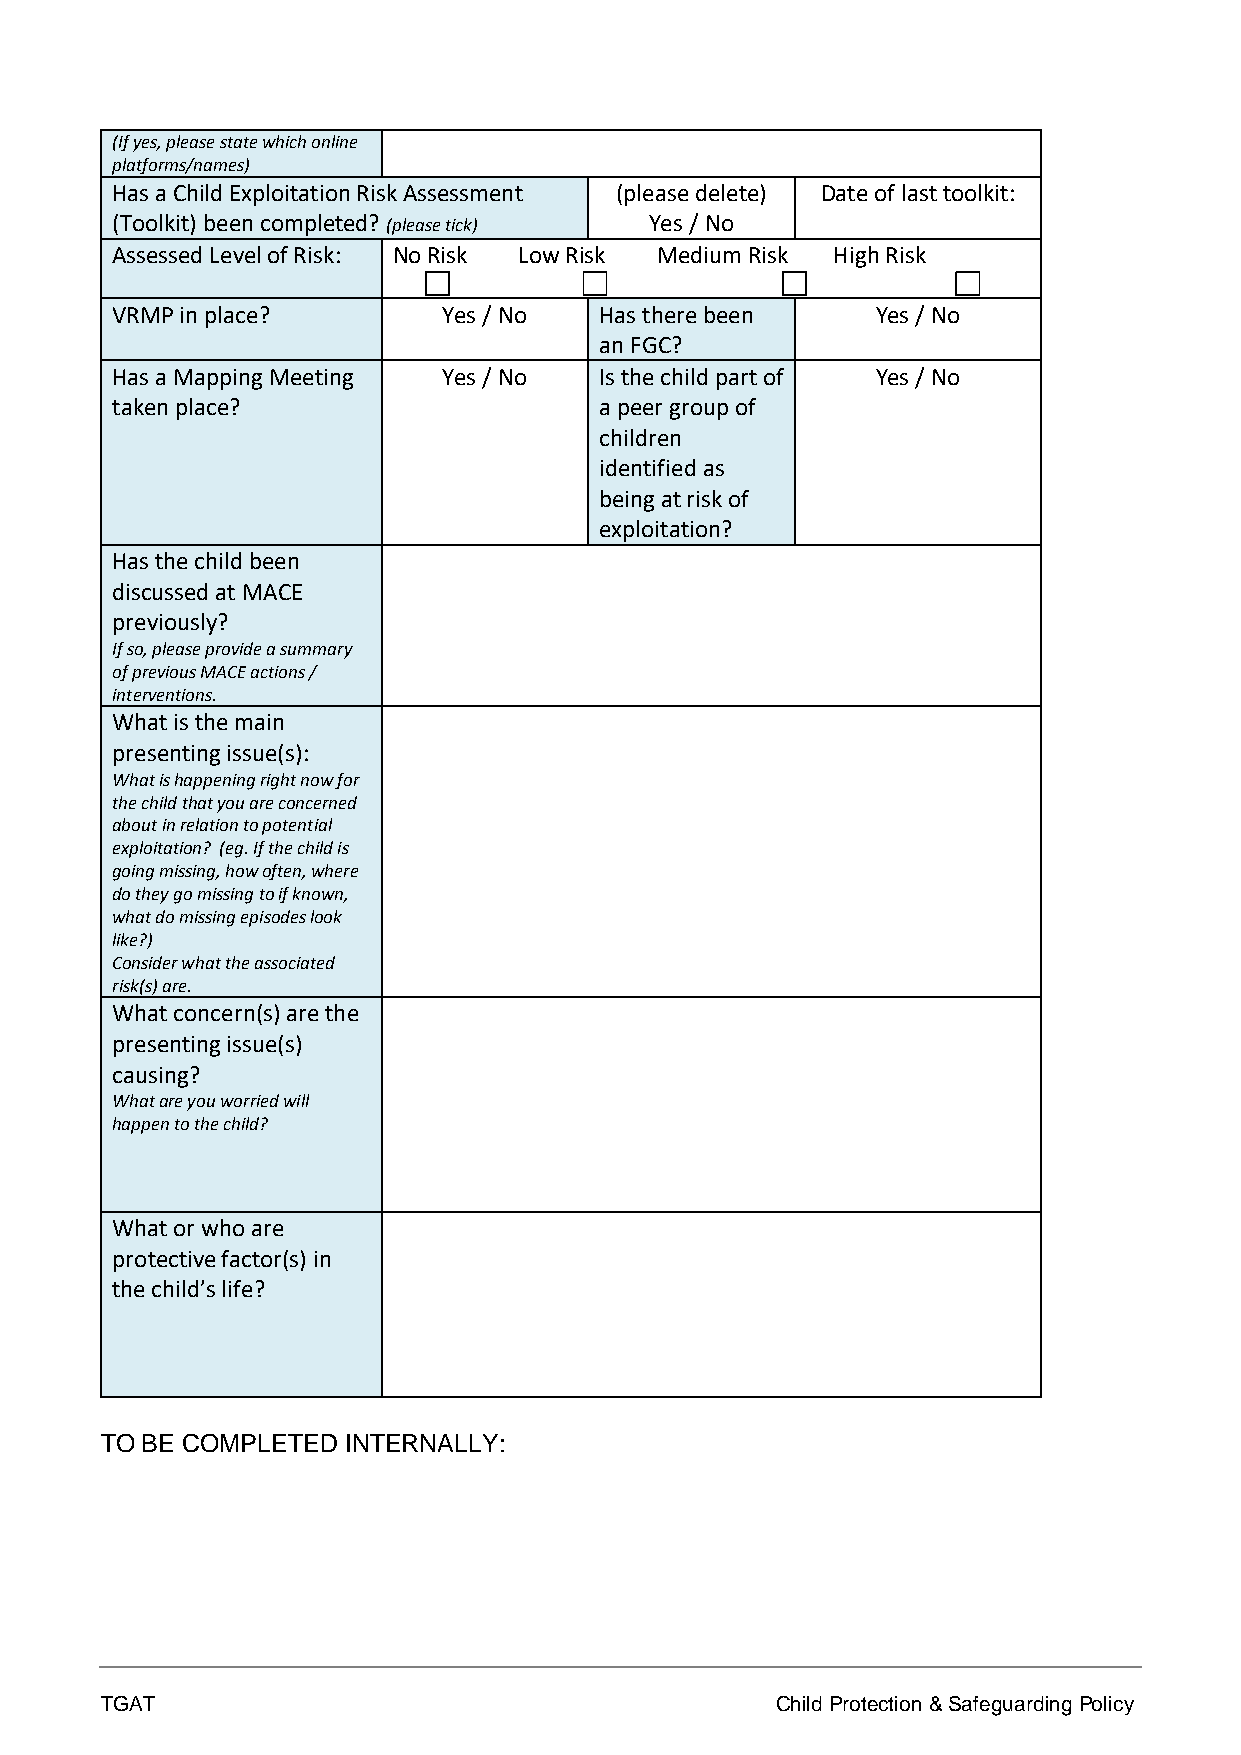
(If yes, please state which online
 platforms/names)
 Has a Child Exploitation Risk Assessment (please delete) Date of last toolkit:
 (Toolkit) been completed? (please tick) Yes / No
 Assessed Level of Risk: No Risk Low Risk Medium Risk High Risk
 VRMP in place?        Yes / No   Has there been    Yes / No
 an FGC?
 Has a Mapping Meeting Yes / No   Is the child part of Yes / No
 taken place?                     a peer group of
 children
 identified as
 being at risk of
 exploitation?
 Has the child been
 discussed at MACE
 previously?
 If so, please provide a summary
 of previous MACE actions /
 interventions.
 What is the main
 presenting issue(s):
 What is happening right now for
 the child that you are concerned
 about in relation to potential
 exploitation? (eg. If the child is
 going missing, how often, where
 do they go missing to if known,
 what do missing episodes look
 like?)
 Consider what the associated
 risk(s) are.
 What concern(s) are the
 presenting issue(s)
 causing?
 What are you worried will
 happen to the child?
 What or who are
 protective factor(s) in
 the child’s life?
 TO BE COMPLETED INTERNALLY:
 TGAT                                        Child Protection & Safeguarding Policy